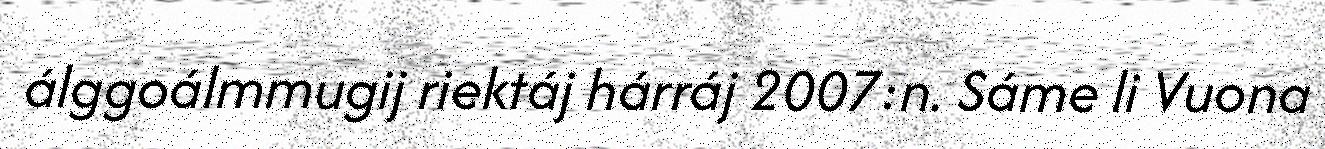
álggoálmmugij riektáj hárráj 2007:n. Sáme li Vuona